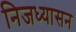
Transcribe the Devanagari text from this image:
निजध्यासन